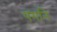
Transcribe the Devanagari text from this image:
पगनि